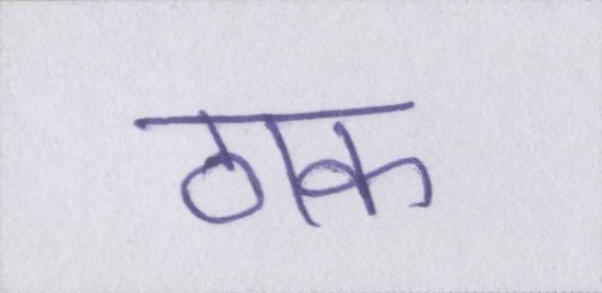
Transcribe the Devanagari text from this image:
ठाक